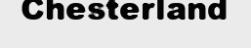
Chesterland